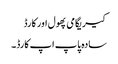
کیریگامی پھول اور کارڈ
سادہ پاپ اپ کارڈ۔